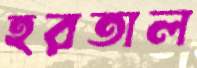
হরতাল